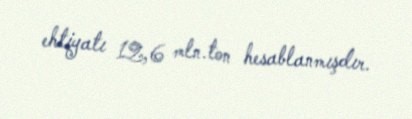
ehtiyatı 12,6 mln.ton hesablanmışdır.